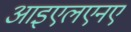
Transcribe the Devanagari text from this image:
आइएलएनए